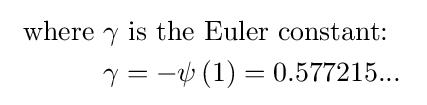
{\begin{aligned}{\text{ where }}&\gamma {\text{ is the Euler constant: }}\,\!\\&\gamma =-\psi \left(1\right)={\text{0.577215... }}\end{aligned}}